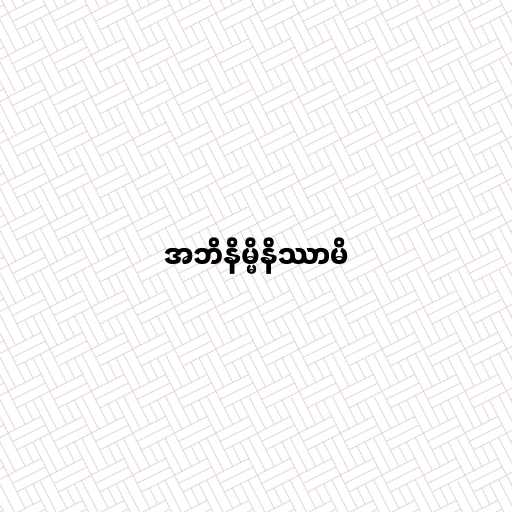
အဘိနိမ္မိနိဿာမိ